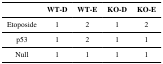
|  | WT-D | WT-E | KO-D | KO-E |
 | --- | --- | --- | --- | --- |
 | Etoposide | 1 | 2 | 1 | 2 |
 | p53 | 1 | 2 | 1 | 1 |
 | Null | 1 | 1 | 1 | 1 |